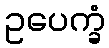
ဥပေက္ခံ